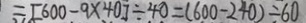
= [ 6 0 0 - 9 \times 4 0 ] \div 4 0 = ( 6 0 0 - 2 4 0 ) = 6 0